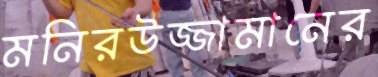
মনিরউজ্জামানের